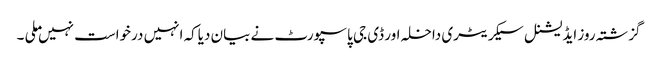
گزشتہ روز ایڈیشنل سیکریٹری داخلہ اور ڈی جی پاسپورٹ نے بیان دیاکہ انہیں درخواست نہیں ملی ۔